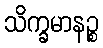
သိက္ခမာနဉ္စ